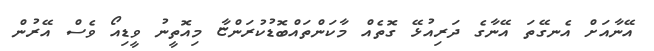
އޭނާއަށް އެނގޭތަ އޭނާގެ ދަރިއުޅޭ ގޮތެއް މާކަންތައްބޮޑުކުރަންޏާ މިއޮތީނު ވީޑިއޯ ވެސް އޭރުން